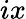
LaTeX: ix